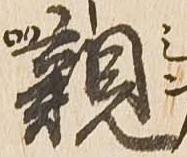
親